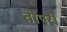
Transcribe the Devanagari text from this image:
तोपरी